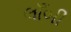
લાઁબી